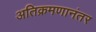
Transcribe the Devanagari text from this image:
अतिक्रमणानंतर